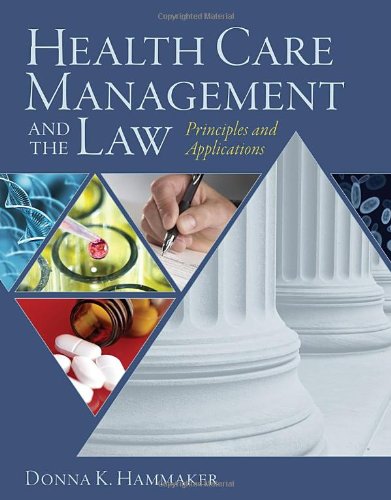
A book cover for Health Care Management and the Law: Principles and Applications; Donna Hammaker; Law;